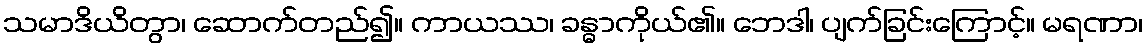
သမာဒိယိတွာ၊ ဆောက်တည်၍။ ကာယဿ၊ ခန္ဓာကိုယ်၏။ ဘေဒါ၊ ပျက်ခြင်းကြောင့်။ မရဏာ၊